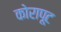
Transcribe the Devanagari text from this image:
कोरापूट